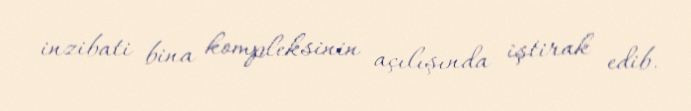
inzibati bina kompleksinin açılışında iştirak edib.